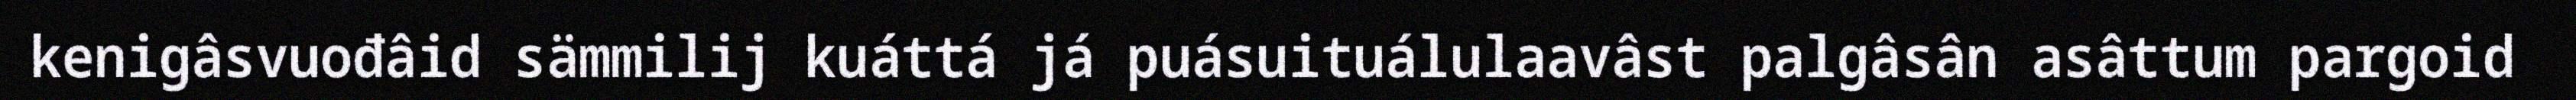
kenigâsvuođâid sämmilij kuáttá já puásuituálulaavâst palgâsân asâttum pargoid